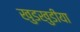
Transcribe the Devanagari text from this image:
खुडखुडीया